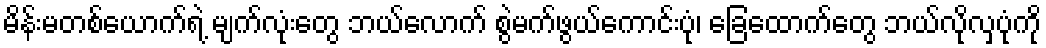
မိန်းမတစ်ယောက်ရဲ့ မျက်လုံးတွေ ဘယ်လောက် စွဲမက်ဖွယ်ကောင်းပုံ၊ ခြေထောက်တွေ ဘယ်လိုလှပုံကို